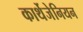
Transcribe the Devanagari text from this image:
कार्थेजेनियन